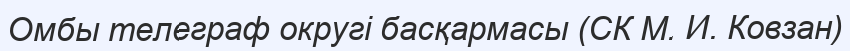
Омбы телеграф округі басқармасы (СК М. И. Ковзан)